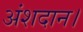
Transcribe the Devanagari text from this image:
अंशदान।